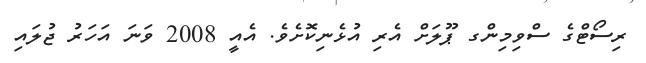
ރިސޯޓްގެ ސްވިމިންގ ޕޫލަށް އެރި އުޅެނިކޮށެވެ. އެއީ 2008 ވަނަ އަހަރު ޖުލައި